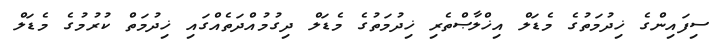
ސިފައިންގެ ޚިދުމަތުގެ މެޑަލް އިޚްލާޞްތެރި ޚިދުމަތުގެ މެޑަލް ދިގުމުއްދަތެއްގައި ޚިދުމަތް ކުރުމުގެ މެޑަލް